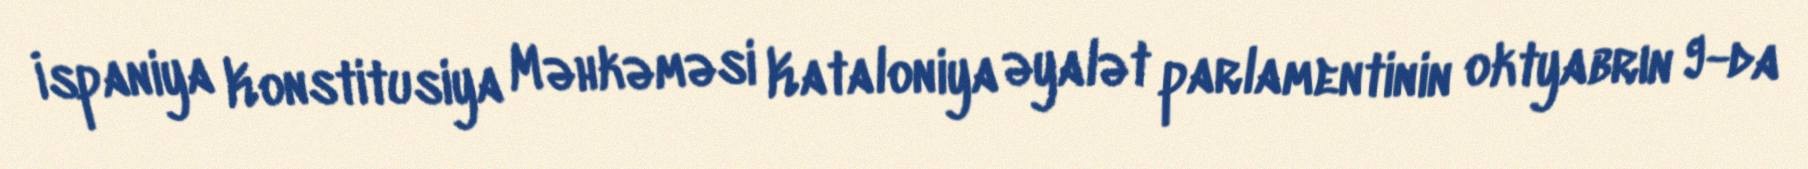
İspaniya Konstitusiya Məhkəməsi Kataloniya əyalət parlamentinin oktyabrın 9-da